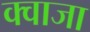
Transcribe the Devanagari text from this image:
क्वाजा